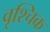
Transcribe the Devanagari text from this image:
वृश्‍चिक